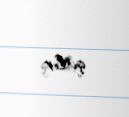
qalır.